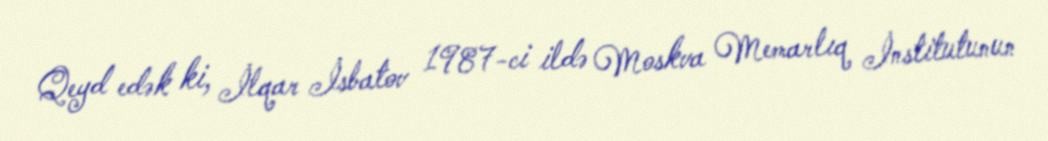
Qeyd edək ki, İlqar İsbatov 1987-ci ildə Moskva Memarlıq İnstitutunun